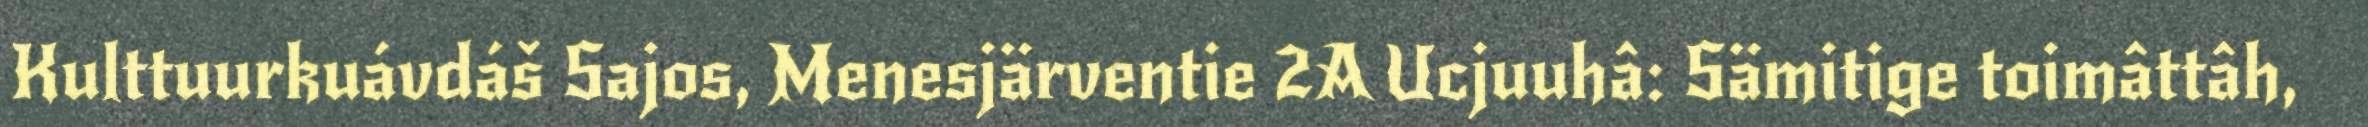
Kulttuurkuávdáš Sajos, Menesjärventie 2A Ucjuuhâ: Sämitige toimâttâh,